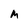
Character: M